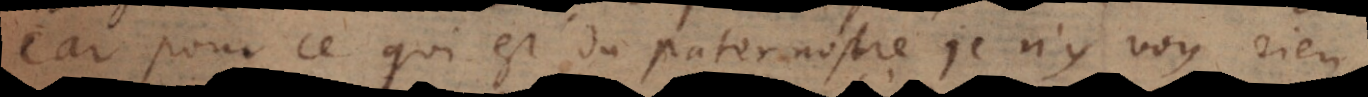
car pour ce qui est du paternostre je n’y voy rien